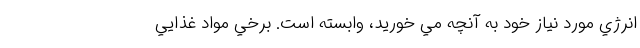
انرژي مورد نياز خود به آنچه مي خوريد، وابسته است. برخي مواد غذايي